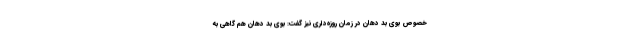
خصوص بوی بد دهان در زمان روزه‌داری نیز گفت: بوی بد دهان هم گاهی به